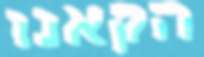
הקאנו